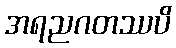
အရညဂတဿပိ